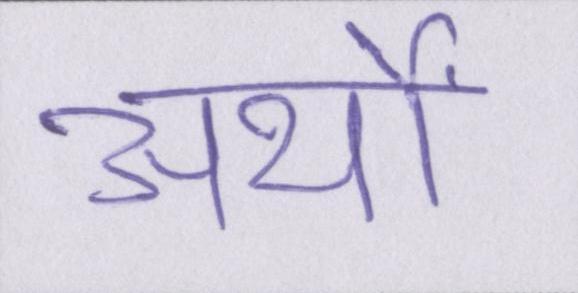
अर्थों